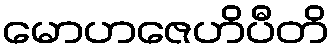
မောဟဇေဟိပီတိ